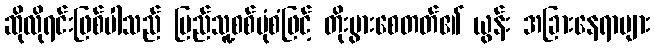
ဆိုလိုရင်းဖြစ်ပါသည် ပြည်သူ့စစ်ပုံစံဖြင့် တိုးပွားစေတတ်၏ ယွန်း အခြားနေရာများ